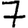
Digit: 7